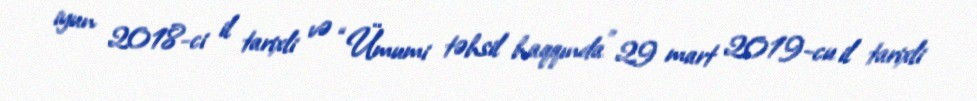
iyun 2018-ci il tarixli və “Ümumi təhsil haqqında” 29 mart 2019-cu il tarixli